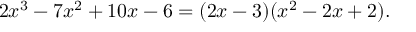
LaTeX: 2 x ^ { 3 } - 7 x ^ { 2 } + 1 0 x - 6 = ( 2 x - 3 ) ( x ^ { 2 } - 2 x + 2 ) .